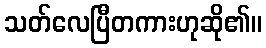
သတ်လေပြီတကားဟုဆို၏။